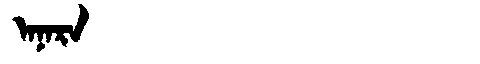
Manchu: ᠠᠨᠠᡵᠠ
Romanization: ANARA